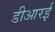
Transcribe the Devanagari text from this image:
डीआरई